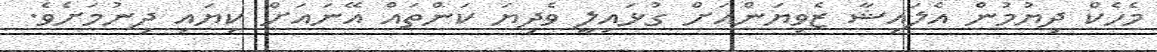
މެހެކް ދިޔުމުން އެލައިޝާ ޒެވިޔަންއަށް ގުޅައިލީ ވެދިޔަ ކަންތައް އޭނައަށް ކިޔައި ދިނުމަށެވެ.